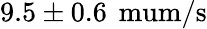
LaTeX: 9.5\pm 0.6\, \mathrm{{\ mum}/\mathrm{{s}}}